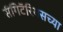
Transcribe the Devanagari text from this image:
सॅगिटॅरियसच्या